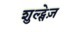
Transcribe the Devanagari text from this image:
शुल्ट्सेज़